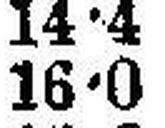
16•0